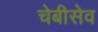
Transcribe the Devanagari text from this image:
चेबीसेव